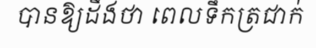
បានឱ្យដឹងថា ពេលទឹកត្រជាក់